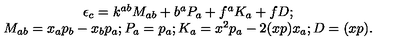
\begin{array} { c } { \epsilon _ { c } = k ^ { a b } M _ { a b } + b ^ { a } P _ { a } + f ^ { a } K _ { a } + f D ; } \\ { M _ { a b } = x _ { a } p _ { b } - x _ { b } p _ { a } ; P _ { a } = p _ { a } ; K _ { a } = x ^ { 2 } p _ { a } - 2 ( x p ) x _ { a } ; D = ( x p ) . } \\ \end{array}